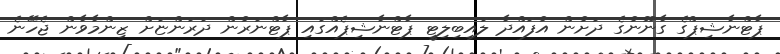
ޕާޓްނާޝިޕްގެ ގާނޫނުގެ ދަށުން އުފައްދާ ލައިބިލިޓީ ޕާޓްނާޝިޕެއްގައި ޕާޓްނަރުން ދަރަންޏަށް ޒިންމާވާން ޖެހޭނެ